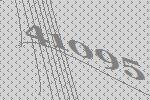
41095